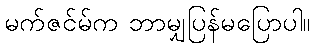
မက်ဇင်မ်က ဘာမျှပြန်မပြောပါ။